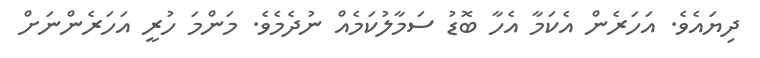
ދިޔައެވެ. އަހަރެން އެކަމާ އެހާ ބޮޑު ސަމާލުކަމެއް ނުދެމެވެ. މަންމަ ހުރީ އަހަރެންނަށް